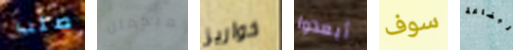
صلب هيكمان خواريز أبعدوا سوف البضاعة